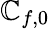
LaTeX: \mathbb{C}_{f,\mathrm{{0}}}